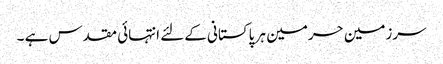
سرزمین حرمین ہر پاکستانی کےلئے انتہائی مقدس ہے ۔